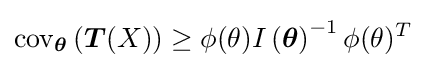
\operatorname {cov} _{\boldsymbol {\theta }}\left({\boldsymbol {T}}(X)\right)\geq \phi (\theta )I\left({\boldsymbol {\theta }}\right)^{-1}\phi (\theta )^{T}